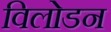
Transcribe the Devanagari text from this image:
विलोडन